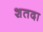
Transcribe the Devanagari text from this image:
शतदा